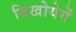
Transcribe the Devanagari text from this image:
दिखोयेगें